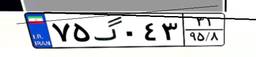
۷۵گ۰۴۳۳۱